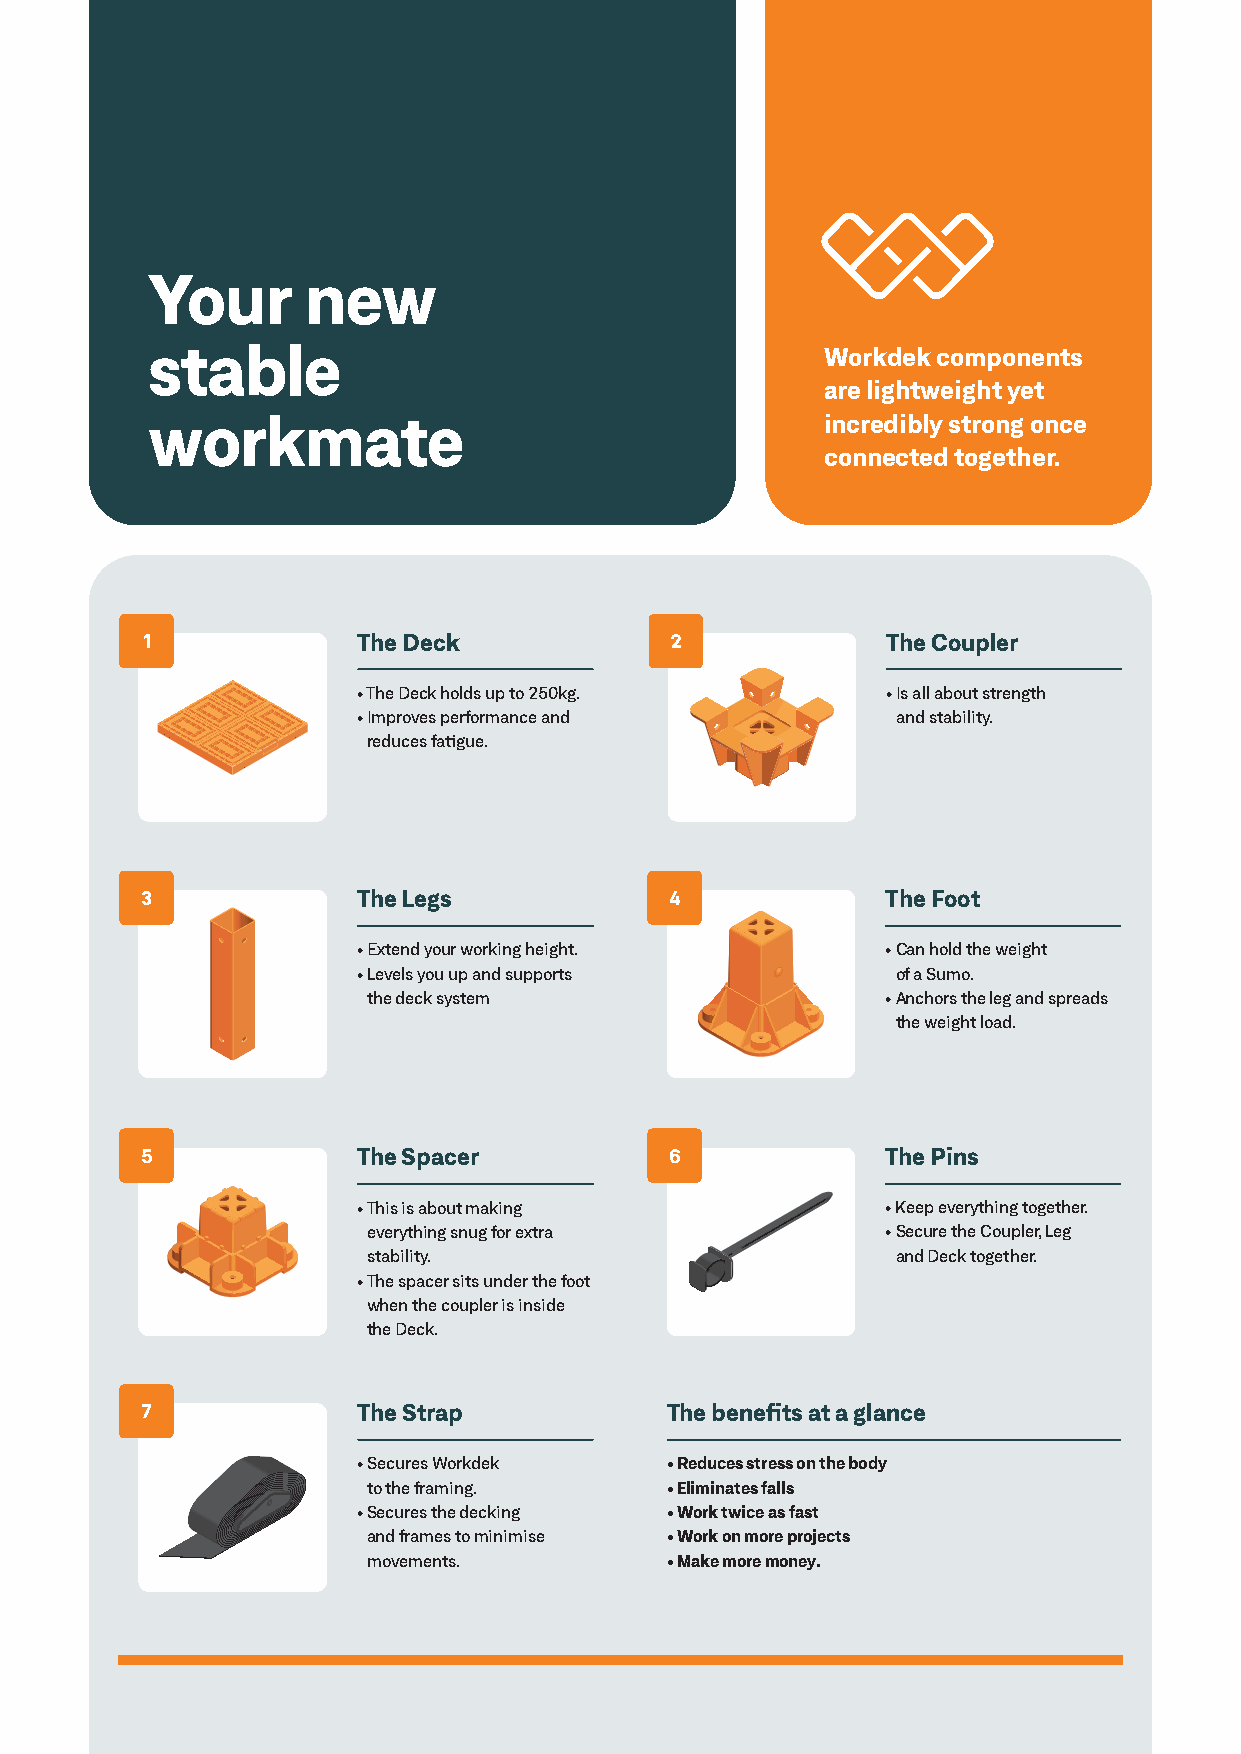
Your      new
 stable                                       Workdek components
 are lightweight yet
 workmate                                     incredibly strong once
 connected together.
 1              The Deck            2              The Coupler
 • The Deck holds up to 250kg.      • I s all about strength
 • I mproves performance and        and stability.
 reduces fatigue.
 3              The Legs            4              The Foot
 • E xtend your working height.     • C an hold the weight
 • L evels you up and supports      of a Sumo.
 the deck system                    • A nchors the leg and spreads
 the weight load.
 5              The Spacer          6              The Pins
 • This is about making             • Keep everything together.
 everything snug for extra          • S ecure the Coupler, Leg
 stability.                         and Deck together.
 • The spacer sits under the foot
 when the coupler is inside
 the Deck.
 7              The Strap           The benefits at a glance
 • S ecures Workdek  • R educes stress on the body
 to the framing.     • E liminates falls
 • S ecures the decking • W ork twice as fast
 and frames to minimise • W ork on more projects
 movements.          • M ake more money.